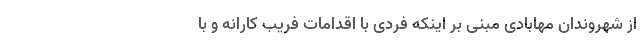
از شهروندان مهابادی مبنی بر اینکه فردی با اقدامات فریب کارانه و با